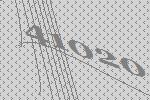
41020